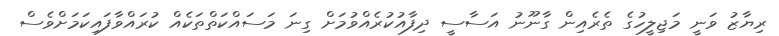
ރިޔާޒު ވަނީ މަޖިލީހުގެ ތެރެއިން ގާނޫނު އަސާސީ ދިފާއުކުރެއްވުމަށް ގިނަ މަސައްކަތްތަކެއް ކުރައްވާފައިކަމަށްވެސް